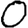
Digit: 0